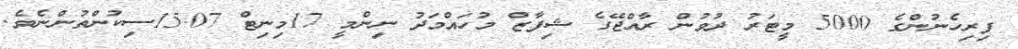
ފިރިހެނުންގެ 5000 މީޓަރު ދުވުން ރާއްޖޭގެ ޝިފާޒް މުހައްމަދު ނިންމީ 17މިނިޓް 15.07ސިކުންތުންނެވެ.